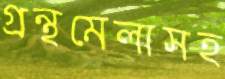
গ্রন্থমেলাসহ